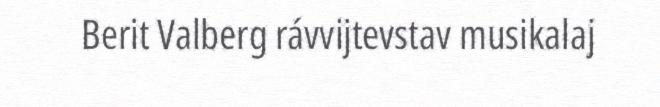
Berit Valberg rávvijtevstav musikalaj